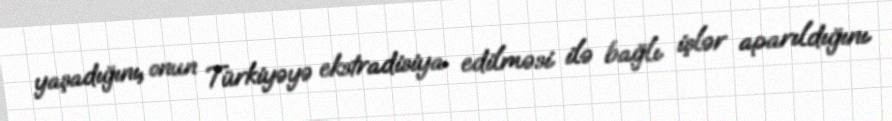
yaşadığını, onun Türkiyəyə ekstradisiya edilməsi ilə bağlı işlər aparıldığını